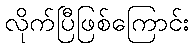
လိုက်ပြီဖြစ်ကြောင်း